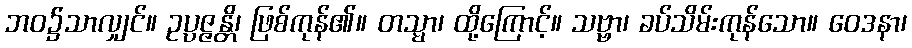
ဘဝ၌သာလျှင်။ ဥပ္ပဇ္ဇန္တိ၊ ဖြစ်ကုန်၏။ တသ္မာ၊ ထို့ကြောင့်။ သဗ္ဗာ၊ ခပ်သိမ်းကုန်သော။ ဝေဒနာ၊